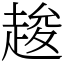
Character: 䞭